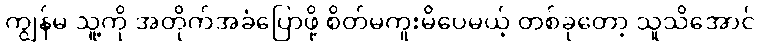
ကျွန်မ သူ့ကို အတိုက်အခံပြောဖို့ စိတ်မကူးမိပေမယ့် တစ်ခုတော့ သူသိအောင်